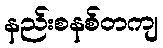
နည်းစနစ်တကျ